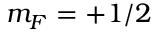
m _ { F } = + 1 / 2